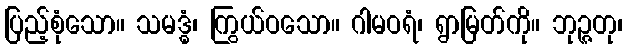
ပြည့်စုံသော။ သမဒ္ဓံ၊ ကြွယ်ဝသော။ ဂါမဝရံ၊ ရွာမြတ်ကို။ ဘုဉ္ဇတု၊